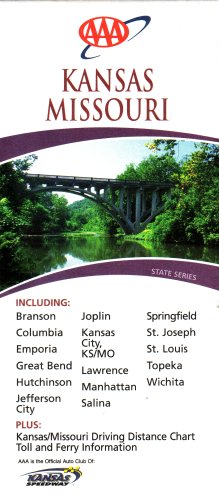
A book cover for AAA Kansas & Missouri: Branson, Columbia, Emporia, Great Bend, Hutchinson, Jefferson City, Joplin, Kansas City, Lawrence, Manhattan, Salina, Springfield, St. Joseph, St. Louis, Topeka, Wichita: Kansas & Missouri Driving Distance, Toll & Ferry Info (State Series 2007 Edition, 2007-512507, 207508495); AAA; Travel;